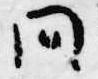
間